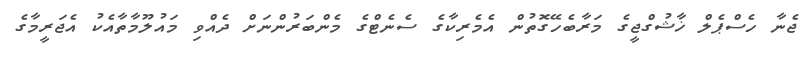
ޖެނާ ހެސްޕެލް ޚާޝުގްޖީގެ މަރާބެހޭގޮތުން އެމެރިކާގެ ސެނެޓްގެ މެންބަރުންނަށް ދެއްވި މައުލޫމާތާއެކު އެޖަރީމާގެ